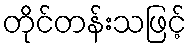
တိုင်တန်းသဖြင့်